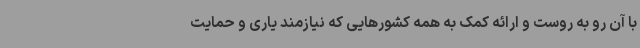
با آن رو به روست و ارائه کمک به همه کشورهایی که نیازمند یاری و حمایت